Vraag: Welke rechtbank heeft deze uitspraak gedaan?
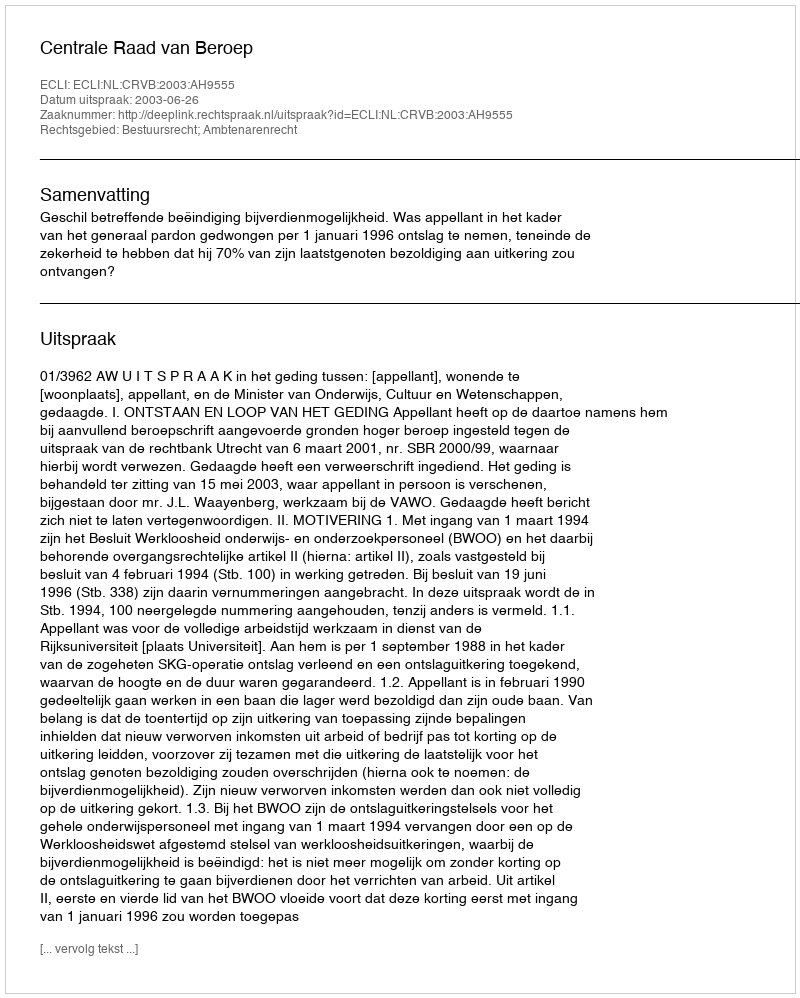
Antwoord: Centrale Raad van Beroep